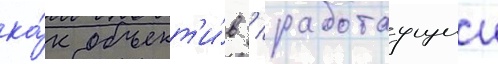
ка́к объект'и́в / работаущии